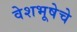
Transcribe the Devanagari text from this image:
वेशभूषेचे